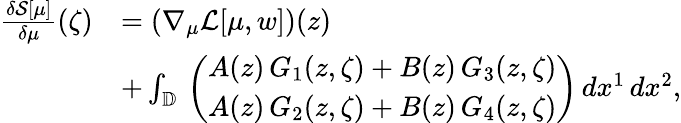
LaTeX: \begin{array}{rl}{\frac{\delta\mathcal{S}[\mu]}{\delta\mu}(\zeta)}&{=(\nabla_{\mu}\mathcal{L}[\mu,w])(z)}\\ &{+\int_{\mathbb{D}}\, \left(\begin{array}{l}{A(z)\, G_{1}(z,\zeta)+B(z)\, G_{3}(z,\zeta)}\\ {A(z)\, G_{2}(z,\zeta)+B(z)\, G_{4}(z,\zeta)}\end{array}\right)\, dx^{1}\, dx^{2},}\end{array}